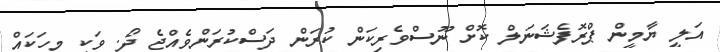
އަލީ ޔާމީން ޕްރޮފެޝަނަލް ކޮށް ނޫސްވެރިކަން ކުރަން ދަސްކުރަންވެއްޖެ ދޯ. ވަކި މީހަކައް